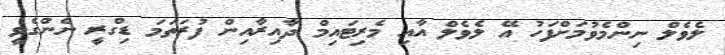
ލެވެލް ނިންމެވުމަށްފަހު އޭ ލެވެލް އާއި މެރިޓައިމް ދާއިރާއިން ފުރަތަމަ ޑިގްރީ ނެންގެވީ